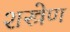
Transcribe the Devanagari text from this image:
शस्त्रेण